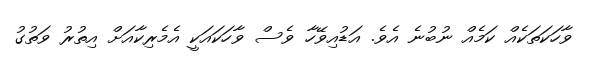
ވާހަކަތަކެއް ކަމެއް ނުބުނެ އެވެ. އަޑުއިވޭހާ ވެސް ވާހަކައަކީ އެމެރިކާއަށް އިތުރު ވަތުގު